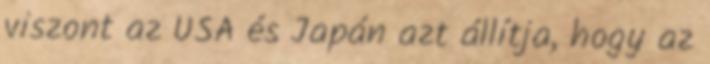
viszont az USA és Japán azt állítja, hogy az